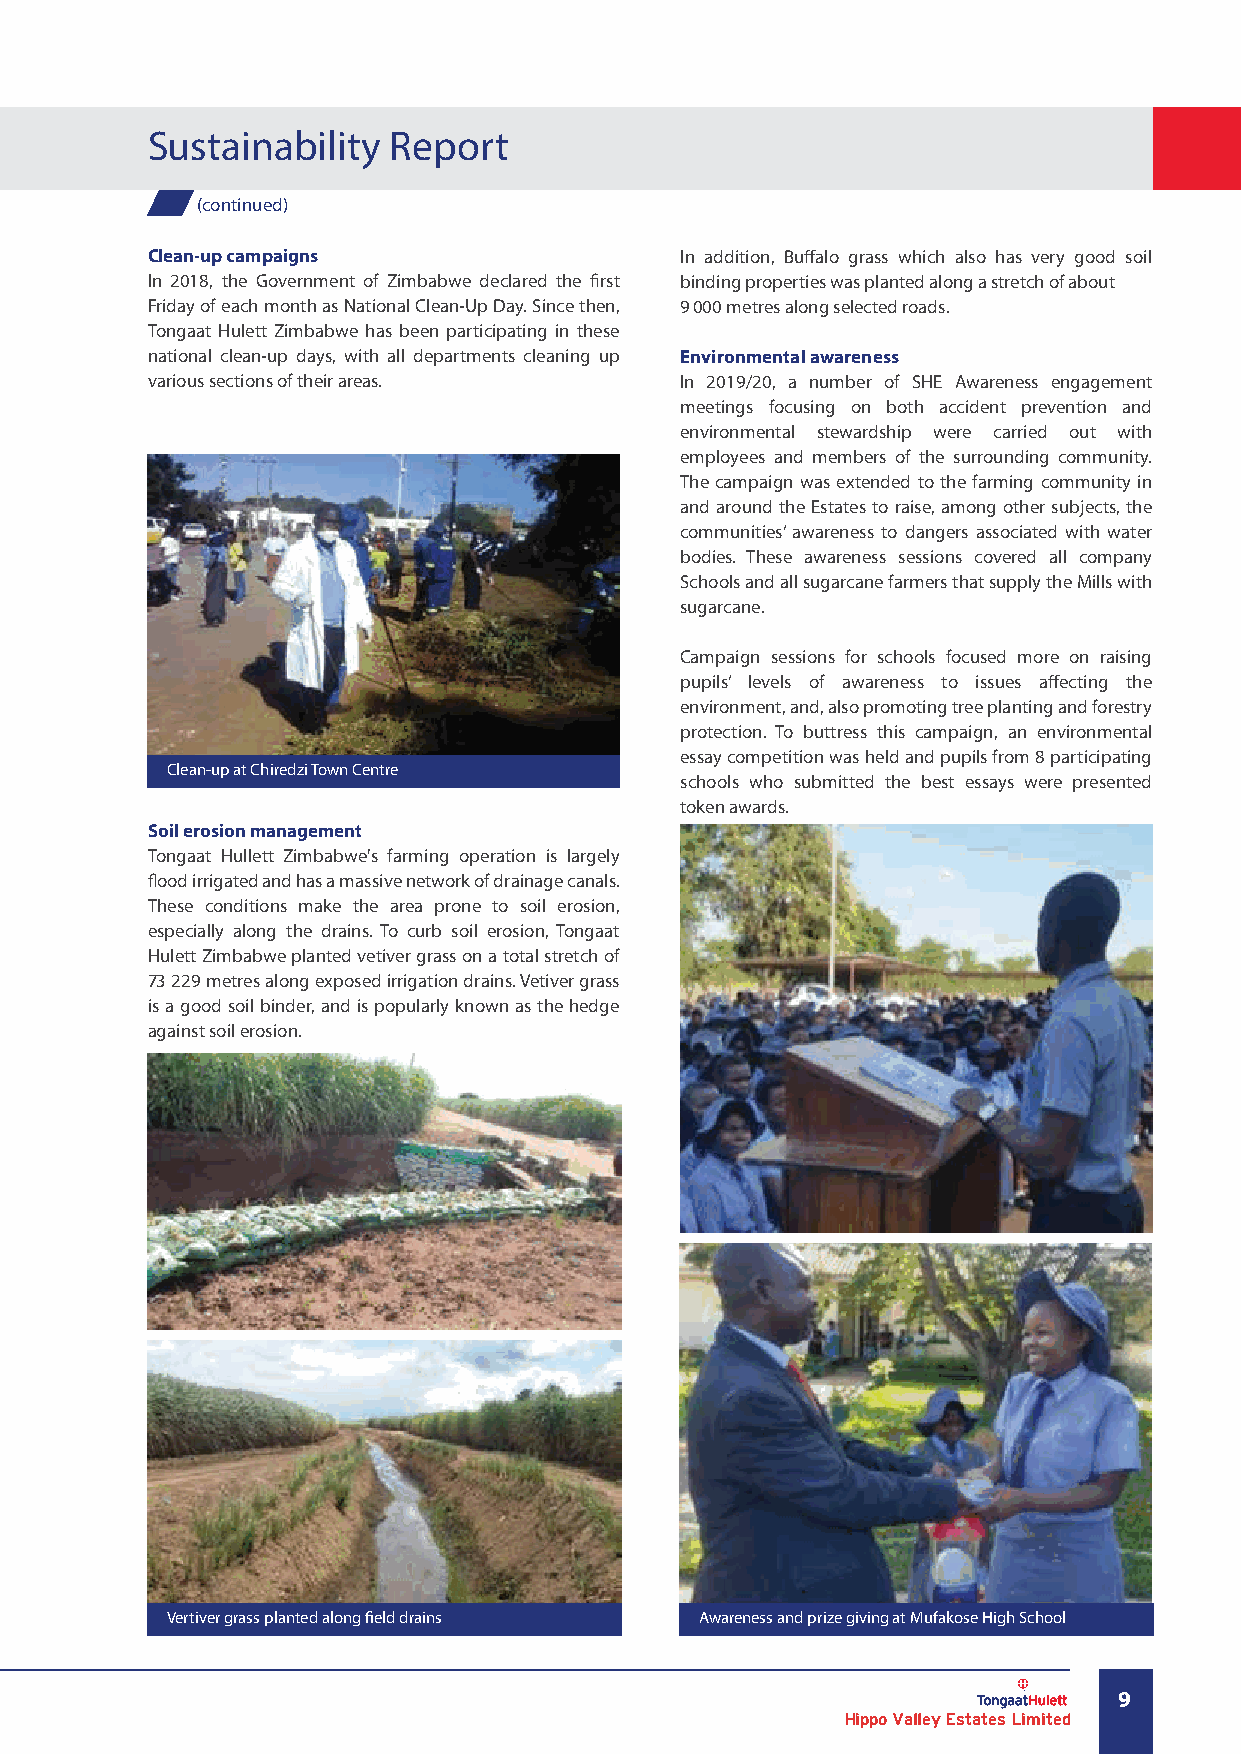
Sustainability  Report
 (continued)
 Clean-up campaigns                 In addition, Buffalo grass which also has very good soil
 In 2018, the Government of Zimbabwe declared the first binding properties was planted along a stretch of about
 Friday of each month as National Clean-Up Day. Since then, 9 000 metres along selected roads.
 Tongaat Hulett Zimbabwe has been participating in these
 national clean-up days, with all departments cleaning up Environmental awareness
 various sections of their areas.   In 2019/20, a number of SHE Awareness engagement
 meetings focusing on both accident prevention and
 environmental stewardship were carried out with
 employees and members of the surrounding community.
 The campaign was extended to the farming community in
 and around the Estates to raise, among other subjects, the
 communities’ awareness to dangers associated with water
 bodies. These awareness sessions covered all company
 Schools and all sugarcane farmers that supply the Mills with
 sugarcane.
 Campaign sessions for schools focused more on raising
 pupils’ levels of awareness to issues affecting the
 environment, and, also promoting tree planting and forestry
 protection. To buttress this campaign, an environmental
 essay competition was held and pupils from 8 participating
 Clean-up at Chiredzi Town Centre
 schools who submitted the best essays were presented
 token awards.
 Soil erosion management
 Tongaat Hullett Zimbabwe's farming operation is largely
 flood irrigated and has a massive network of drainage canals.
 These conditions make the area prone to soil erosion,
 especially along the drains. To curb soil erosion, Tongaat
 Hulett Zimbabwe planted vetiver grass on a total stretch of
 73 229 metres along exposed irrigation drains. Vetiver grass
 is a good soil binder, and is popularly known as the hedge
 against soil erosion.
 Vertiver grass planted along field drains Awareness and prize giving at Mufakose High School
 9
 Hippo Valley Estates Limited